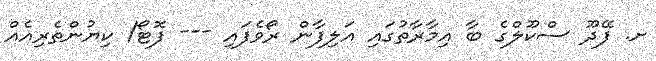
ށ. ފޭދޫ ސްކޫލްގެ ބާ އިމާރާތުގައި އަލިފާން ރޯވެފައި --- ފޮޓޯ/ ކިޔުންތެރިއެއް